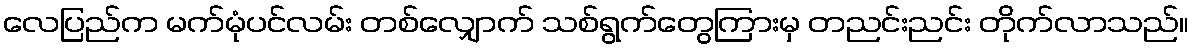
လေပြည်က မက်မုံပင်လမ်း တစ်လျှောက် သစ်ရွက်တွေကြားမှ တညင်းညင်း တိုက်လာသည်။